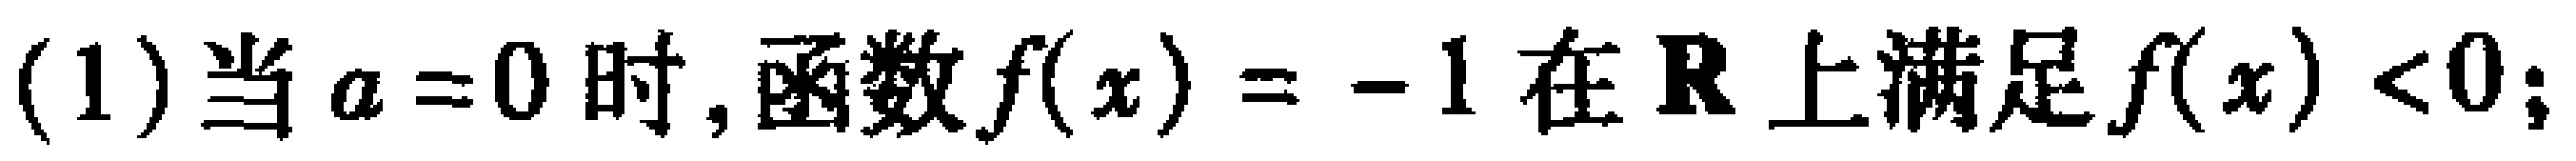
(1)当\(a = 0\)时,函数\(f(x)= - 1\)在\(\mathbf{R}\)上满足\(f(x)<0\);